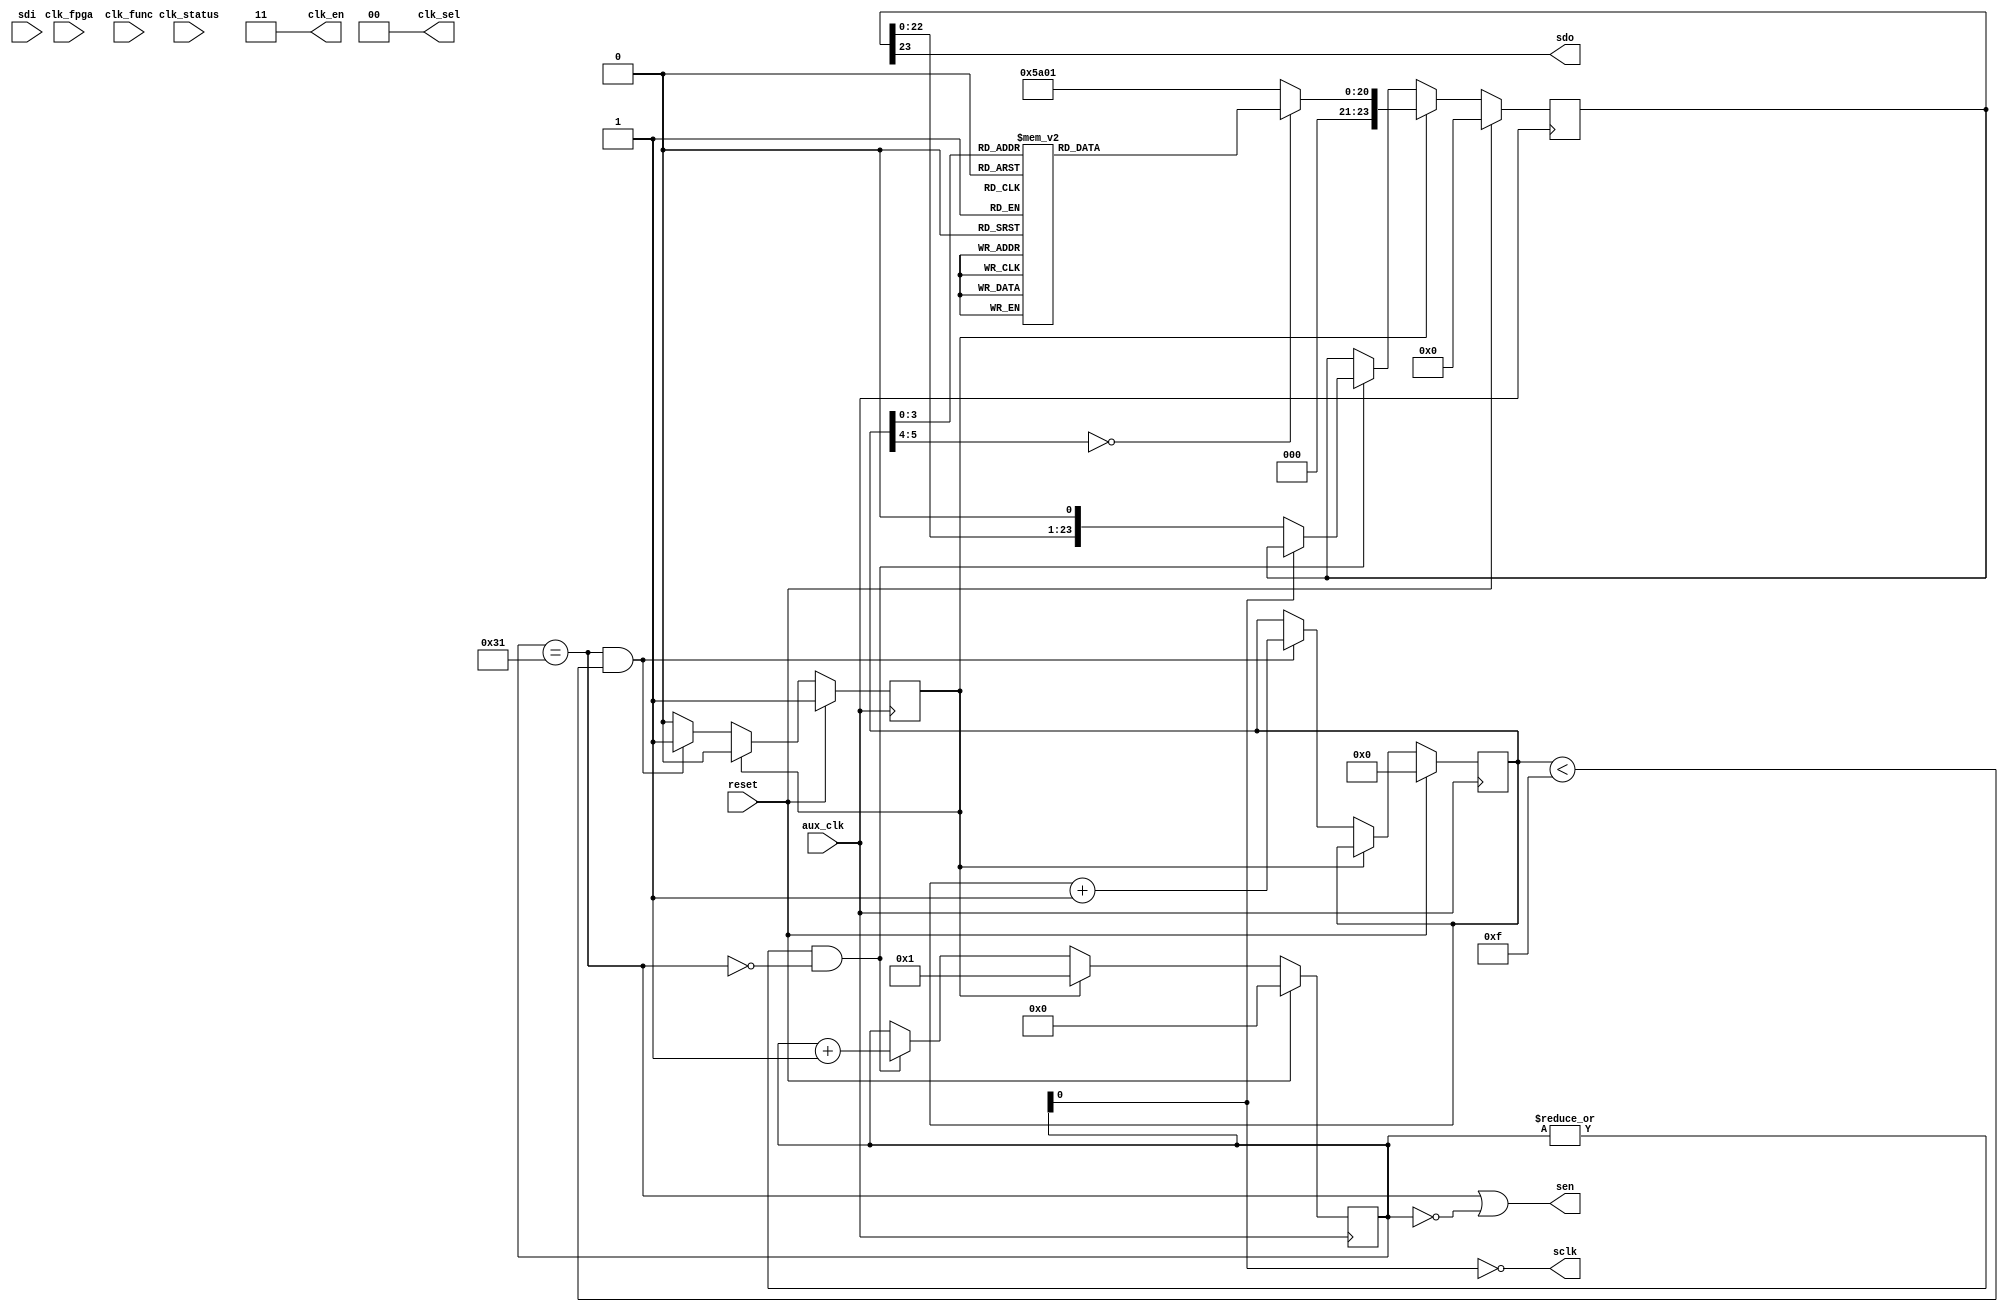


// AD9510 Register Map (from datasheet Rev. A)

/* INSTRUCTION word format (16 bits)
 * 15       Read = 1, Write = 0
 * 14:13    W1/W0,  Number of bytes 00 - 1, 01 - 2, 10 - 3, 11 - stream
 * 12:0     Address
 */

/* ADDR     Contents             Value (hex)
 * 00       Serial Config Port   10 (def) -- MSB first, SDI/SDO separate
 * 04       A Counter
 * 05-06    B Counter
 * 07-0A    PLL Control
 * 0B-0C    R Divider
 * 0D       PLL Control
 * 34-3A    Fine Delay
 * 3C-3F    LVPECL Outs
 * 40-43    LVDS/CMOS Outs
 * 45       Clock select, power down
 * 48-57    Dividers
 * 58       Func and Sync
 * 5A       Update regs
 */


module clock_control
  (input reset,
   input aux_clk,            // 25MHz, for before fpga clock is active
   input clk_fpga,           // real 100 MHz FPGA clock
   output [1:0] clk_en,      // controls source of reference clock
   output [1:0] clk_sel,     // controls source of reference clock
   input clk_func,          // FIXME needs to be some kind of out SYNC or reset to 9510
   input clk_status,         // Monitor PLL or SYNC status
   
   output sen,        // Enable for the AD9510
   output sclk,       // FIXME these need to be shared
   input sdi,
   output sdo
   );
   
   wire   read = 1'b0;    // Always write for now
   wire [1:0] w = 2'b00;  // Always send 1 byte at a time
   
   assign     clk_sel = 2'b00;  // Both outputs from External Ref (SMA)
   assign     clk_en = 2'b11;   // Both outputs enabled
   
   reg [20:0] addr_data;

   reg [5:0]  entry;
   reg 	      start;
   reg [7:0]  counter;
   reg [23:0] command;
   
   always @*
     case(entry)
       6'd00 : addr_data = {13'h00,8'h10};   // Serial setup
       6'd01 : addr_data = {13'h45,8'h00};   // CLK2 drives distribution, everything on
       6'd02 : addr_data = {13'h3D,8'h80};   // Turn on output 1, normal levels
       6'd03 : addr_data = {13'h4B,8'h80};   // Bypass divider 1 (div by 1)
       6'd04 : addr_data = {13'h08,8'h47};   // POS PFD, Dig LK Det, Charge Pump normal	
       6'd05 : addr_data = {13'h09,8'h70};   // Max Charge Pump current
       6'd06 : addr_data = {13'h0A,8'h04};   // Normal operation, Prescalar Div by 2, PLL On
       6'd07 : addr_data = {13'h0B,8'h00};   // RDIV MSB (6 bits)
       6'd08 : addr_data = {13'h0C,8'h01};   // RDIV LSB (8 bits), Div by 1
       6'd09 : addr_data = {13'h0D,8'h00};   // Everything normal, Dig Lock Det
       6'd10 : addr_data = {13'h07,8'h00};	// Disable LOR detect - LOR causes failure...
       6'd11 : addr_data = {13'h04,8'h00};	// A Counter = Don't Care
       6'd12 : addr_data = {13'h05,8'h00};	// B Counter MSB = 0
       6'd13 : addr_data = {13'h06,8'h05};   // B Counter LSB = 5
       default : addr_data = {13'h5A,8'h01}; // Register Update
     endcase // case(entry)

   wire [5:0]  lastentry = 6'd15;
   wire        done = (counter == 8'd49);
   
   always @(posedge aux_clk)
     if(reset)
       begin
	  entry <= #1 6'd0;
	  start <= #1 1'b1;
       end
     else if(start)
       start <= #1 1'b0;
     else if(done && (entry<lastentry))
       begin
	  entry <= #1 entry + 6'd1;
	  start <= #1 1'b1;
       end
   
   always @(posedge aux_clk)
     if(reset)
       begin
	  counter <= #1 7'd0;
	  command <= #1 20'd0;
       end
     else if(start)
       begin
	  counter <= #1 7'd1;
	  command <= #1 {read,w,addr_data};
       end
     else if( |counter && ~done )
       begin
	  counter <= #1 counter + 7'd1;
	  if(~counter[0])
	    command <= {command[22:0],1'b0};
       end
   
   
   assign sen = (done | counter == 8'd0);  // CSB is high when we're not doing anything
   assign sclk = ~counter[0];
   assign sdo = command[23];
   
endmodule // clock_control